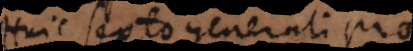
Huic sexto generali